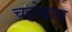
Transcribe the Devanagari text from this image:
चट्टोग्राम